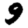
Digit: 9